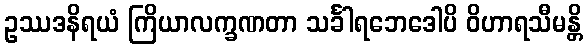
ဥဿဒနိရယံ ကြိယာလက္ခဏတာ သင်္ခါရဘေဒေါပိ ဝိဟာရသီမန္တိ